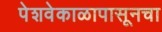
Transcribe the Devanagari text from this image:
पेशवेकाळापासूनचा